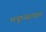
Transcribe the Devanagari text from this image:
मनुष्यरुपात